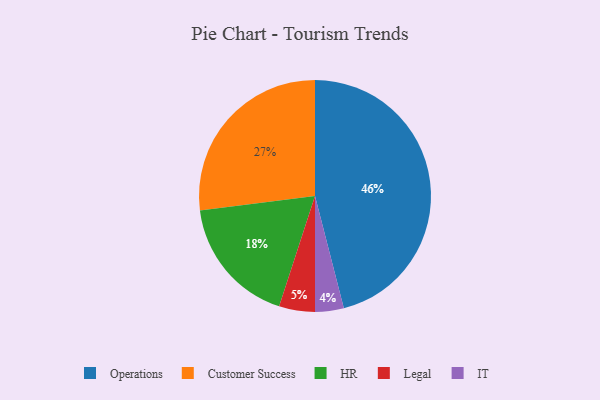
{"axis": {"x": "Category", "y": "Percentage"}, "legend": ["Customer Success", "HR", "IT", "Legal", "Operations"], "data": [{"x": "Customer Success", "y": 27, "type": "Customer Success"}, {"x": "IT", "y": 4, "type": "IT"}, {"x": "HR", "y": 18, "type": "HR"}, {"x": "Operations", "y": 46, "type": "Operations"}, {"x": "Legal", "y": 5, "type": "Legal"}]}